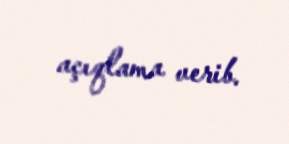
açıqlama verib.